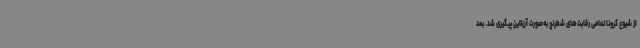
از شیوع کرونا تمامی رقابت‌های شطرنج به‌صورت آن‌لاین پیگیری شد. بعد